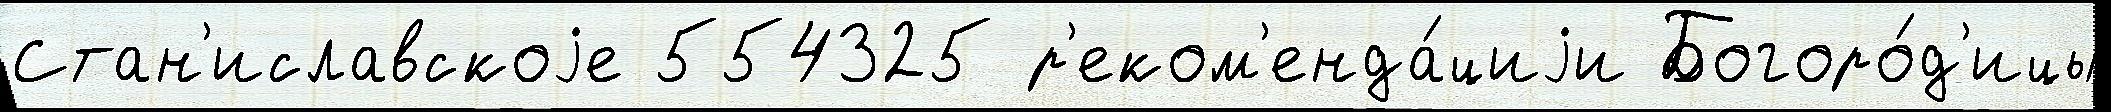
Стан'иславскоjе 554325 р'еком'енда́циjи Богоро́д'ицы